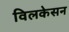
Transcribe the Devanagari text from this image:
विलकेसन